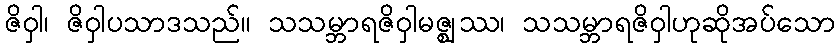
ဇိဝှါ၊ ဇိဝှါပသာဒသည်။ သသမ္ဘာရဇိဝှါမဇ္ဈဿ၊ သသမ္ဘာရဇိဝှါဟုဆိုအပ်သော